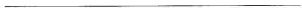
___